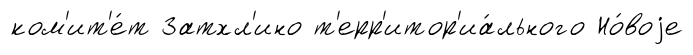
ком'ит'е́т Затхл'ино т'ерр'итор'иа́льного Но́воjе